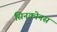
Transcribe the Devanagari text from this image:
सिनक्रोनस